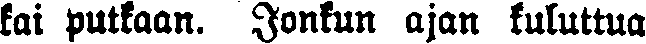
tai putkaan. Jonkun ajan kuluttua